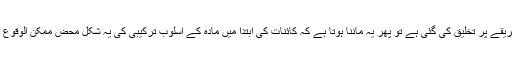
اگر یہ بھول جایا جائے کہ کائنات کی کسی خاص طریقے پر تخلیق کی گئی ہے تو پھر یہ ماننا ہوتا ہے کہ کائنات کی ابتدا میں مادہ کے اُسلوبِ ترکیبی کی یہ شکل محض ممکن الوقوع تھی جو اِس طرح نہیں ہوتی تو کسی بھی طرح ہوتی۔